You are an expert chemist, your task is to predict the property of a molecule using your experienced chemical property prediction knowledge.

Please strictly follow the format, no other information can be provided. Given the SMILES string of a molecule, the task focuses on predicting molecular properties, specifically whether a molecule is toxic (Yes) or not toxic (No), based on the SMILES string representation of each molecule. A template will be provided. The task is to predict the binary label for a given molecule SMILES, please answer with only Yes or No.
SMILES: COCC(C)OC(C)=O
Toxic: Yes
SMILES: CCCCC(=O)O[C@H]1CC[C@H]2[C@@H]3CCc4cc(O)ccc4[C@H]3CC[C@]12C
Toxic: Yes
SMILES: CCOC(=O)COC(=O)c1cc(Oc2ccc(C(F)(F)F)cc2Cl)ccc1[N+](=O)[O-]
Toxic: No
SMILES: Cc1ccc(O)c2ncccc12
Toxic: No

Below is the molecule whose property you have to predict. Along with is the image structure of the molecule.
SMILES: CCOC(=O)/C=C/C(=O)OCC
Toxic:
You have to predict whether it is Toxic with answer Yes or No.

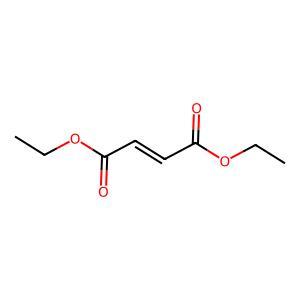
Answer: No